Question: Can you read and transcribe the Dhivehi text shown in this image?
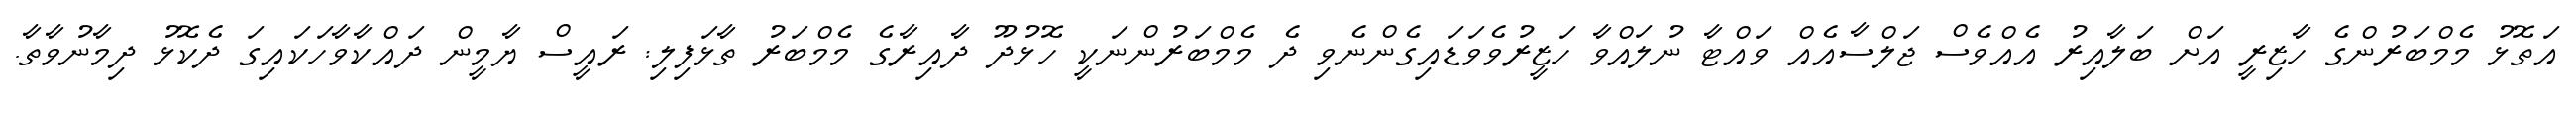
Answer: އަތޮޅު މެމްބަރުންގެ ހާޒިރީ އަށް ބަލާއިރު އެއްވެސް ޖަލްސާއެއް ވައްޓާ ނުލައްވާ ހަޒީރުވެވަޑައިގެންނެވި ދެ މެމްބަރުންނަކީ ހޮޅުދޫ ދާއިރާގެ މެމްބަރު ތާޅަފިލި: ރައީސް ޔާމީން ދައްކާވާހަކައިގަ ދެކޮޅު ދިމާނުވާތާ.